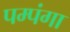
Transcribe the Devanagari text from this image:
पम्पंगा